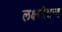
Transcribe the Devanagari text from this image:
लक्ष्मीचन्द